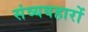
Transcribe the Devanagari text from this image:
संव्यवहारों